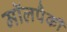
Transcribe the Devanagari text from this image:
मॉलपैकी